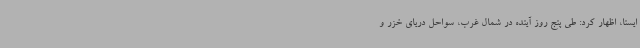
ایسنا، اظهار کرد: طی پنج روز آینده در شمال غرب، سواحل دریای خزر و